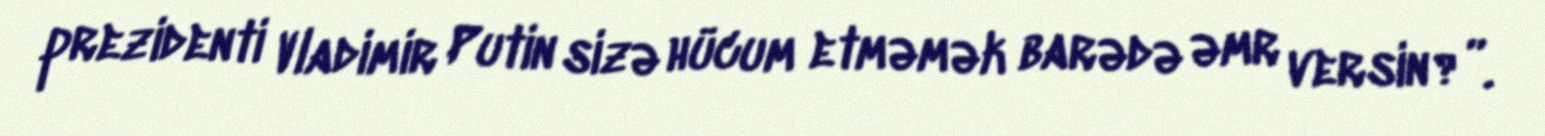
prezidenti Vladimir Putin sizə hücum etməmək barədə əmr versin?”.